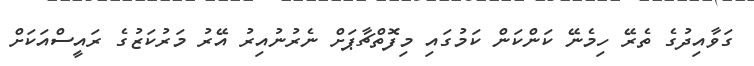
ގަވާއިދުގެ ތެރޭ ހިމެނޭ ކަންކަން ކަމުގައި މިފޮތްޗާޕަށް ނެރުނުއިރު އޭރު މަރުކަޒުގެ ރައީސްއަކަށް